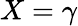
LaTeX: X=\gamma